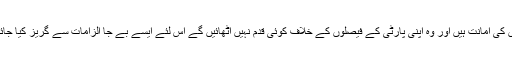
ممبران اسمبلی کے ووٹ اُن کی پارٹیوں کی امانت ہیں اور وہ اپنی پارٹی کے فیصلوں کے خلاف کوئی قدم نہیں اُٹھائیں گے اس لئے ایسے بے جا الزامات سے گریز کیا جائے جن کا حقیقت سے کوئی تعلق نہ ہو۔